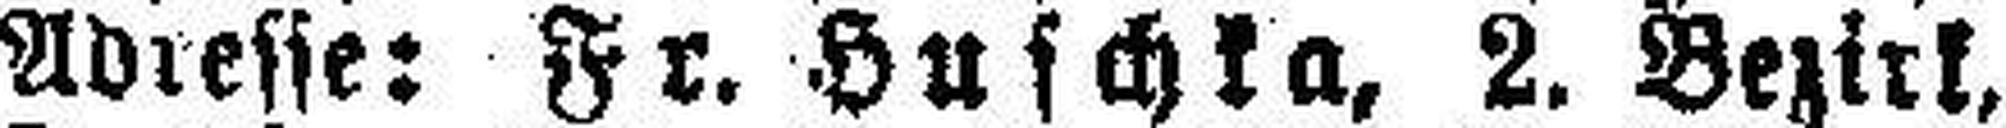
Adresse: Fr. Huschka, 2. Bezirk,